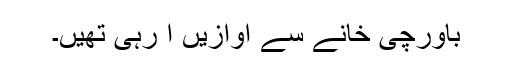
باورچی خانے سے آوازیں آ رہی تھیں۔